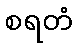
စရတံ